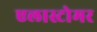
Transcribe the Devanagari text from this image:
एलास्टोमर